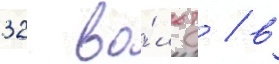
32 во́льт / в